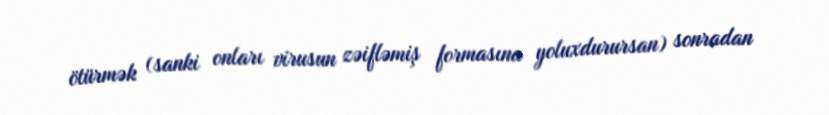
ötürmək (sanki onları virusun zəifləmiş formasına yoluxdurursan) sonradan